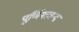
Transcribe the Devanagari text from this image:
पूर्णिमाचन्द्र